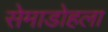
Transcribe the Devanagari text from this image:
सेमाडोहला